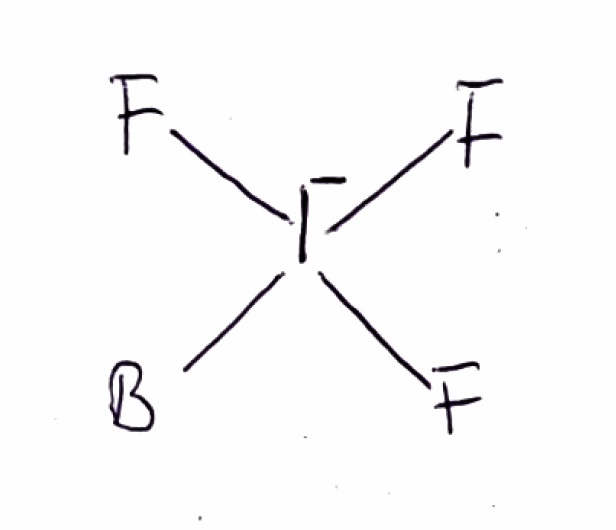
Simplified molecular-input line-entry system (SMILES) notation of the given molecule:
[B][I-](F)(F)F